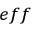
_ { e f f }